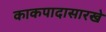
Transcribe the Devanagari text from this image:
काकपादासारखे